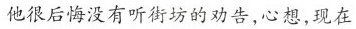
他很后悔没有听街坊的劝告，心想，现在